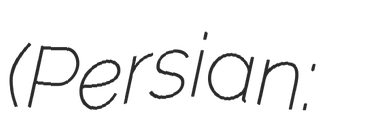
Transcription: (Persian: بخش